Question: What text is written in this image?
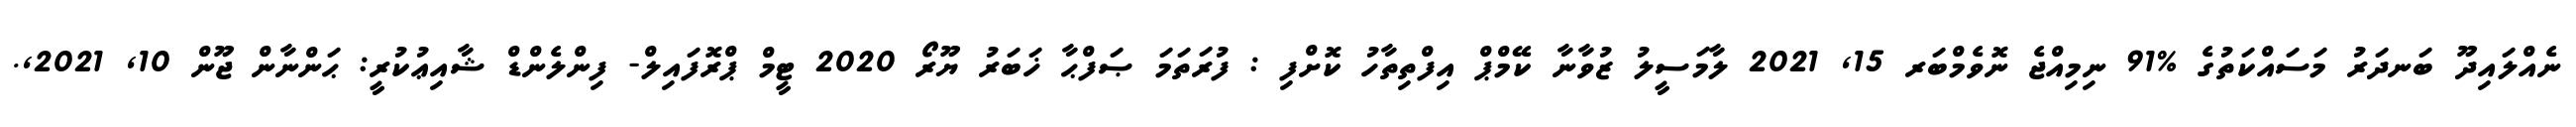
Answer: ނެއްލައިދޫ ބަނދަރު މަސައްކަތުގެ %91 ނިމިއްޖެ ނޮވެމްބަރ 15, 2021 ލާމަސީލު ޒުވާނާ ކޭމްޕް އިފްތިތާހު ކޮށްފި : ފުރަތަމަ ޞަފްޙާ ޚަބަރު ޔޫރޯ 2020 ޓީމް ޕްރޮފައިލް- ފިންލެންޑް ޝާއިޢުކުރީ: ޙަންނާން ޖޫން 10, 2021,.